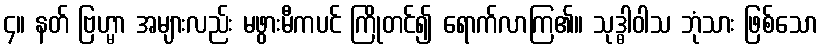
၄။ နတ် ဗြဟ္မာ အများလည်း မဖွားမီကပင် ကြိုတင်၍ ရောက်လာကြ၏။ သုဒ္ဓါဝါသ ဘုံသား ဖြစ်သော